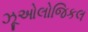
ઝૂઓલોજિકલ